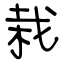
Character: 栽